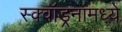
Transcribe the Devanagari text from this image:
स्क्वॉड्रनांमध्ये